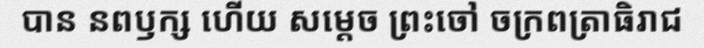
បាន នពឫក្ស ហើយ សម្តេច ព្រះចៅ ចក្រពត្រាធិរាជ